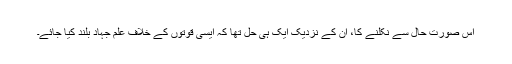
اس صورتِ حال سے نکلنے کا، ان کے نزدیک ایک ہی حل تھا کہ ایسی قوتوں کے خلاف علمِ جہاد بلند کیا جائے۔